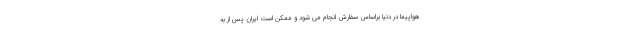
هواپیما در دنیا براساس سفارش انجام می شود و ممکن است ایران پس از به